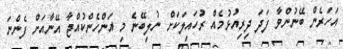
އަހަރެން ބޭނުންވާ ފަދަ ދިރިއުޅުމެއް ރުހައިލަކަށް ނުލިބޭނެ މި އަންހެންކުއްޖާ އޭނާއަށް ފެންނަ